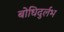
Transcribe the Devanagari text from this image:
बोधिदुर्लभ